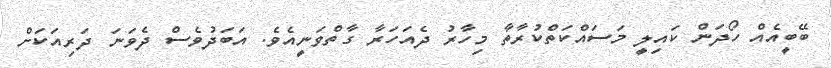
ބޭބީއެއް ހޯދަން ކައިލީ މަސައްކަތްކުރާތާ މިހާރު ދެއަހަރާ ގާތްވަނީއެވެ. އަބަދުވެސް ދެވަނަ ދަރިއަކަށް